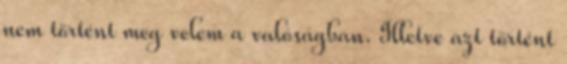
nem történt meg velem a valóságban. Illetve azt történt